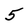
Character: 5